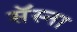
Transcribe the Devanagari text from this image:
सॅस्ना